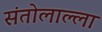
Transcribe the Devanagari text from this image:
संतोलाल्ला